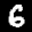
Label: 6